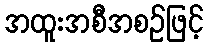
အထူးအစီအစဉ်ဖြင့်